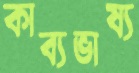
কাব্যভাষ্য